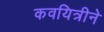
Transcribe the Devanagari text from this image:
कवयित्रीने